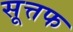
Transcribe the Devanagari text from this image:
सूत्तफ